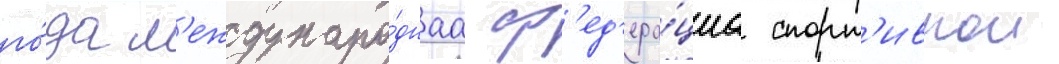
го́да м'еждунаро́днаа ф'ед'ера́циа спорт'ивнои